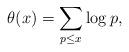
LaTeX: \begin{align*} \theta(x)=\sum_{p\le x}\log p,\end{align*}